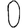
Digit: 0